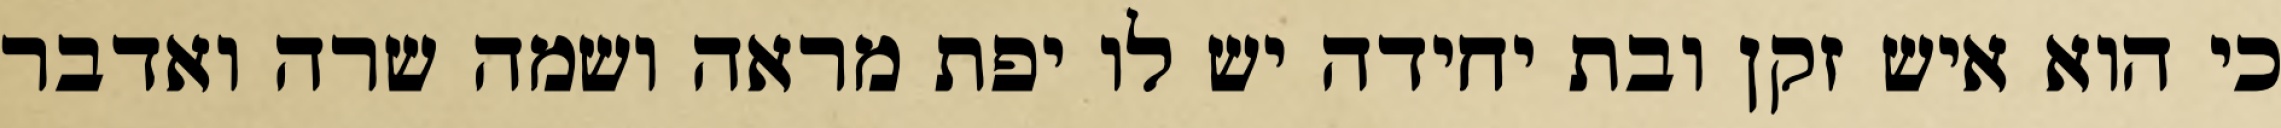
כי הוא איש זקן ובת יחידה יש לו יפת מראה ושמה שרה ואדבר